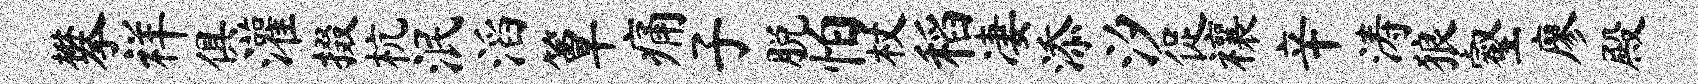
攀祥俱灌掇杭泯滔簟痛子脱怕杖稻凄添汐促禳辛涛狼壑廖殿